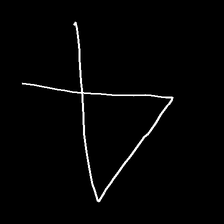
Glyph: collection